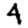
Digit: 4